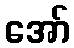
အော်